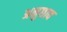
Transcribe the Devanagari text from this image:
अनुछाव